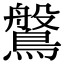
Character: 𪄀